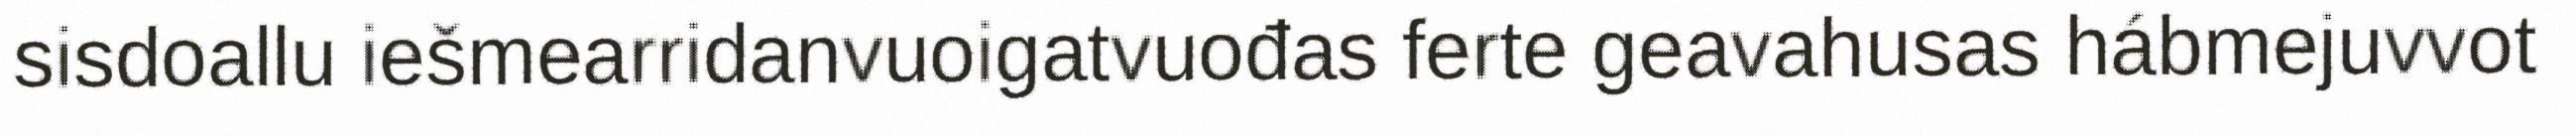
sisdoallu iešmearridanvuoigatvuođas ferte geavahusas hábmejuvvot